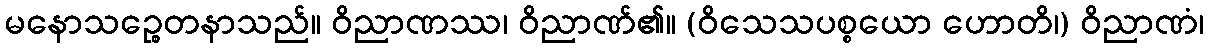
မနောသဉ္စေတနာသည်။ ဝိညာဏဿ၊ ဝိညာဏ်၏။ (ဝိသေသပစ္စယော ဟောတိ၊) ဝိညာဏံ၊